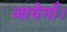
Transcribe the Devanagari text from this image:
जायेगाँ।